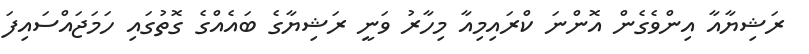
ރަޝިޔާއާ އިންވެގެން އޮންނަ ކްރައިމިއާ މިހާރު ވަނީ ރަޝިޔާގެ ބައެއްގެ ގޮތުގައި ހަމަޖައްސައިފަ